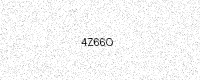
Text: 4Z66O